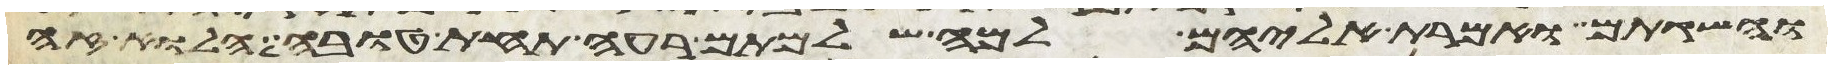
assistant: והשגתם ואמרת אליהם למה שלמתם רעה תחת טובה הלוא זה